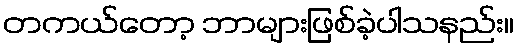
တကယ်တော့ ဘာများဖြစ်ခဲ့ပါသနည်း။